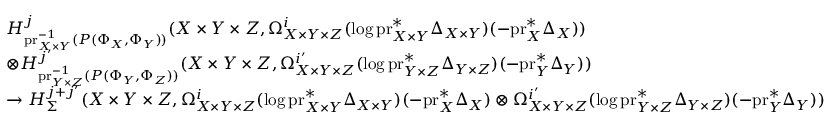
\begin{array} { r l } & { H _ { \mathrm { p r } _ { X \times Y } ^ { - 1 } ( P ( \Phi _ { X } , \Phi _ { Y } ) ) } ^ { j } ( X \times Y \times Z , \Omega _ { X \times Y \times Z } ^ { i } ( \log \mathrm { p r } _ { X \times Y } ^ { * } \Delta _ { X \times Y } ) ( - \mathrm { p r } _ { X } ^ { * } \Delta _ { X } ) ) } \\ & { \otimes H _ { \mathrm { p r } _ { Y \times Z } ^ { - 1 } ( P ( \Phi _ { Y } , \Phi _ { Z } ) ) } ^ { j ^ { \prime } } ( X \times Y \times Z , \Omega _ { X \times Y \times Z } ^ { i ^ { \prime } } ( \log \mathrm { p r } _ { Y \times Z } ^ { * } \Delta _ { Y \times Z } ) ( - \mathrm { p r } _ { Y } ^ { * } \Delta _ { Y } ) ) } \\ & { \to H _ { \Sigma } ^ { j + j ^ { \prime } } ( X \times Y \times Z , \Omega _ { X \times Y \times Z } ^ { i } ( \log \mathrm { p r } _ { X \times Y } ^ { * } \Delta _ { X \times Y } ) ( - \mathrm { p r } _ { X } ^ { * } \Delta _ { X } ) \otimes \Omega _ { X \times Y \times Z } ^ { i ^ { \prime } } ( \log \mathrm { p r } _ { Y \times Z } ^ { * } \Delta _ { Y \times Z } ) ( - \mathrm { p r } _ { Y } ^ { * } \Delta _ { Y } ) ) } \end{array}